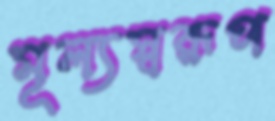
মূল্যস্বরূপ